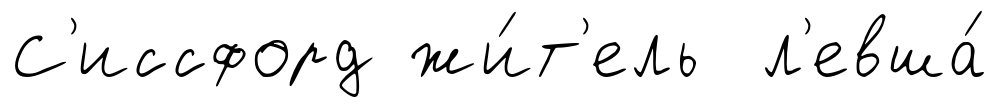
С'иссфорд жи́т'ель л'евша́